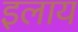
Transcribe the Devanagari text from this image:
इलाय